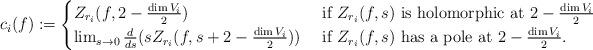
LaTeX: \begin{align*}c_i(f):=\begin{cases} Z_{r_i}(f,2-\frac{\dim V_i}{2})& \textrm{ if } Z_{r_i}(f,s) \textrm{ is holomorphic at }2-\frac{\dim V_i}{2}\\\lim_{s \to 0}\frac{d}{ds}(sZ_{r_i}(f,s+2-\frac{\dim V_i}{2})) &\textrm{ if }Z_{r_i}(f,s) \textrm{ has a pole at }2-\frac{\dim V_i}{2}.\end{cases}\end{align*}